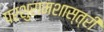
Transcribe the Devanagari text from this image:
परशुरामशास्त्री